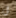
أن